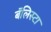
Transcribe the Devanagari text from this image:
बॅलिस्टा